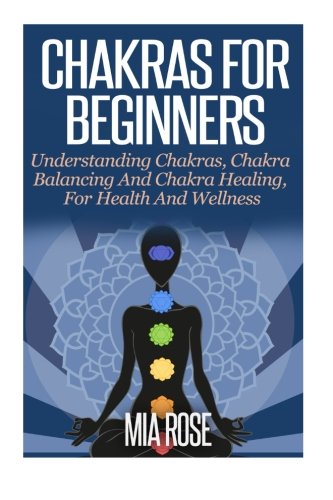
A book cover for Chakras For Beginners; Mia Rose; Religion & Spirituality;